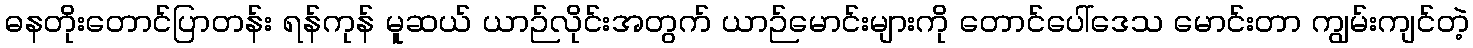
ဓနတိုးတောင်ပြာတန်း ရန်ကုန် မူဆယ် ယာဉ်လိုင်းအတွက် ယာဉ်မောင်းများကို တောင်ပေါ်ဒေသ မောင်းတာ ကျွမ်းကျင်တဲ့